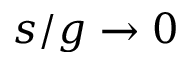
s / g \to 0